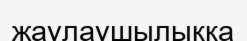
жаулаушылыққа